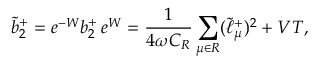
\tilde { b } _ { 2 } ^ { + } = e ^ { - W } b _ { 2 } ^ { + } \, e ^ { W } = { \frac { 1 } { 4 \omega C _ { \cal R } } } \sum _ { \mu \in { \cal R } } ( \tilde { \ell } _ { \mu } ^ { + } ) ^ { 2 } + V T ,